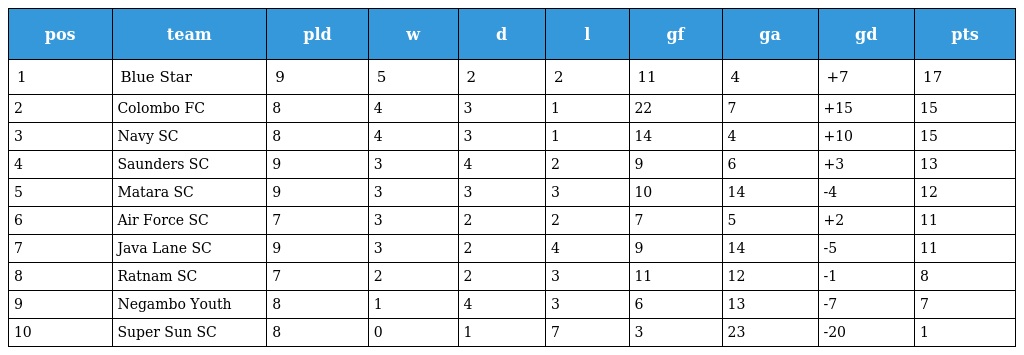
| pos | team | pld | w | d | l | gf | ga | gd | pts |
 | --- | --- | --- | --- | --- | --- | --- | --- | --- | --- |
 | 1 | Blue Star | 9 | 5 | 2 | 2 | 11 | 4 | +7 | 17 |
 | 2 | Colombo FC | 8 | 4 | 3 | 1 | 22 | 7 | +15 | 15 |
 | 3 | Navy SC | 8 | 4 | 3 | 1 | 14 | 4 | +10 | 15 |
 | 4 | Saunders SC | 9 | 3 | 4 | 2 | 9 | 6 | +3 | 13 |
 | 5 | Matara SC | 9 | 3 | 3 | 3 | 10 | 14 | -4 | 12 |
 | 6 | Air Force SC | 7 | 3 | 2 | 2 | 7 | 5 | +2 | 11 |
 | 7 | Java Lane SC | 9 | 3 | 2 | 4 | 9 | 14 | -5 | 11 |
 | 8 | Ratnam SC | 7 | 2 | 2 | 3 | 11 | 12 | -1 | 8 |
 | 9 | Negambo Youth | 8 | 1 | 4 | 3 | 6 | 13 | -7 | 7 |
 | 10 | Super Sun SC | 8 | 0 | 1 | 7 | 3 | 23 | -20 | 1 |